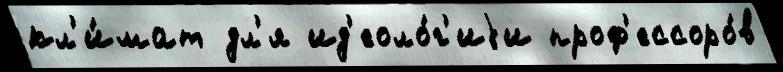
кл'и́мат дл'я ид'еоло́г'иjи проф'ессоро́в